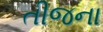
તીજના